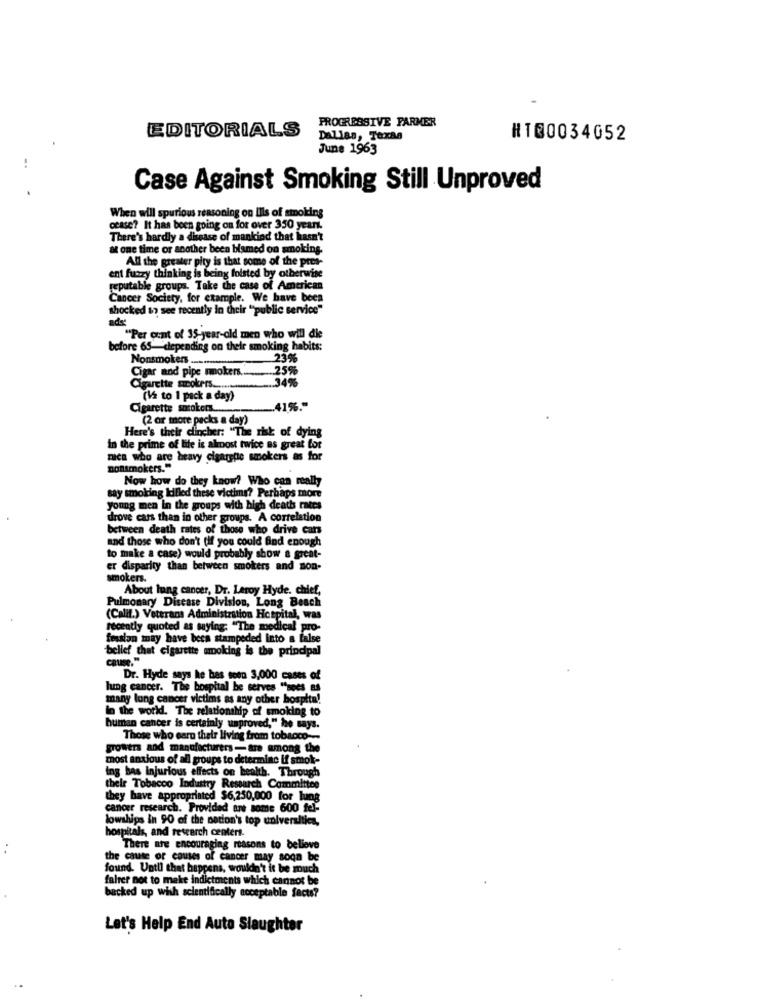
PROGRESSIVE FARMER
EDITORIALS
Dallas, Texas
RT@0034052
June 1963
Case Against Smoking Still Unproved
When will spurious reasoning on Iils of smoking
ccase? It has been going on for over 350 years.
There's hardly a disease of mankind that hasn't
at one time or another been blamed on smoking.
All the greater pity is that some of the pres-
ent fuzzy thinking is being folsted by otherwise
reputable groups. Take the case of American
Cancer Society, for example. We have been
shocked &7 see recently in their "public service"
""Per cent of 35-year-old men who will die
before 65-depending on their smoking habits:
Nonsmokers ........
23%
Cigar and pipe mokers ...
25%
.. 34%
Cigarette smokers .......
(12 to 1 pack a day)
Cigarette smoker .....
.41%."
Here's their clincher: "The risk of dying
(2 or more packs a day)
in the prime of life is almost twice as great for
mica who are heavy cigarette smokers as for
nonsmokers."
Now how do they know? Who can really
say smoking killed these victims? Perhaps more
young men in the groups with high deaths rates
drove cars than in other groups. A correlation
between death rates of those who drive cars
and those who don't (if you could find enough
to make a case) would probably show a great-
er disparity than between smokers and non-
smokers.
About lung cancer, Dr. Leroy Hyde. chief,
Pulmonary Disease Division, Long Beach
(Calif.) Veterans Administration Hospital, was
recently quoted as saying: "The medical pro-
frasion may have been stampeded Into a false
bellef that cigarette smoking is the principal
CRUSe."
Dr. Hyde says he has seen 3,000 cases of
lung cancer. The hospital be serves "sees as
many lung cancer victims as any other hospita!
in the world. The relationship of smoking to
human cancer is certainly unproved," he says.
Those who earn their living from tobacco ---
growers and manufacturers-are among the
most anxious of all groups to determine if smok-
ing bas injurious effects on health. Through
their Tobacco Industry Ressurch Committee
they have appropriated $6,250,000 for lung
cancer research. Provided ant some 600 fel-
lowships in 90 of the nation's top universities,
hospitals, and research centert.
..
There are encouraging reasons to believe
the cause of causes of cancer may soon be
found. Until that happens, wouldn't it be mouch
falrer not to make indictments which cannot be
backed up with scientifically acceptable facts?
Let's Help End Auto Slaughter